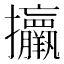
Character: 𢺧